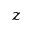
z